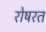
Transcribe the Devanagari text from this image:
रोषरत